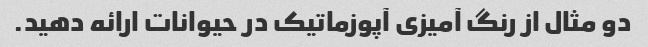
دو مثال از رنگ آمیزی آپوزماتیک در حیوانات ارائه دهید.